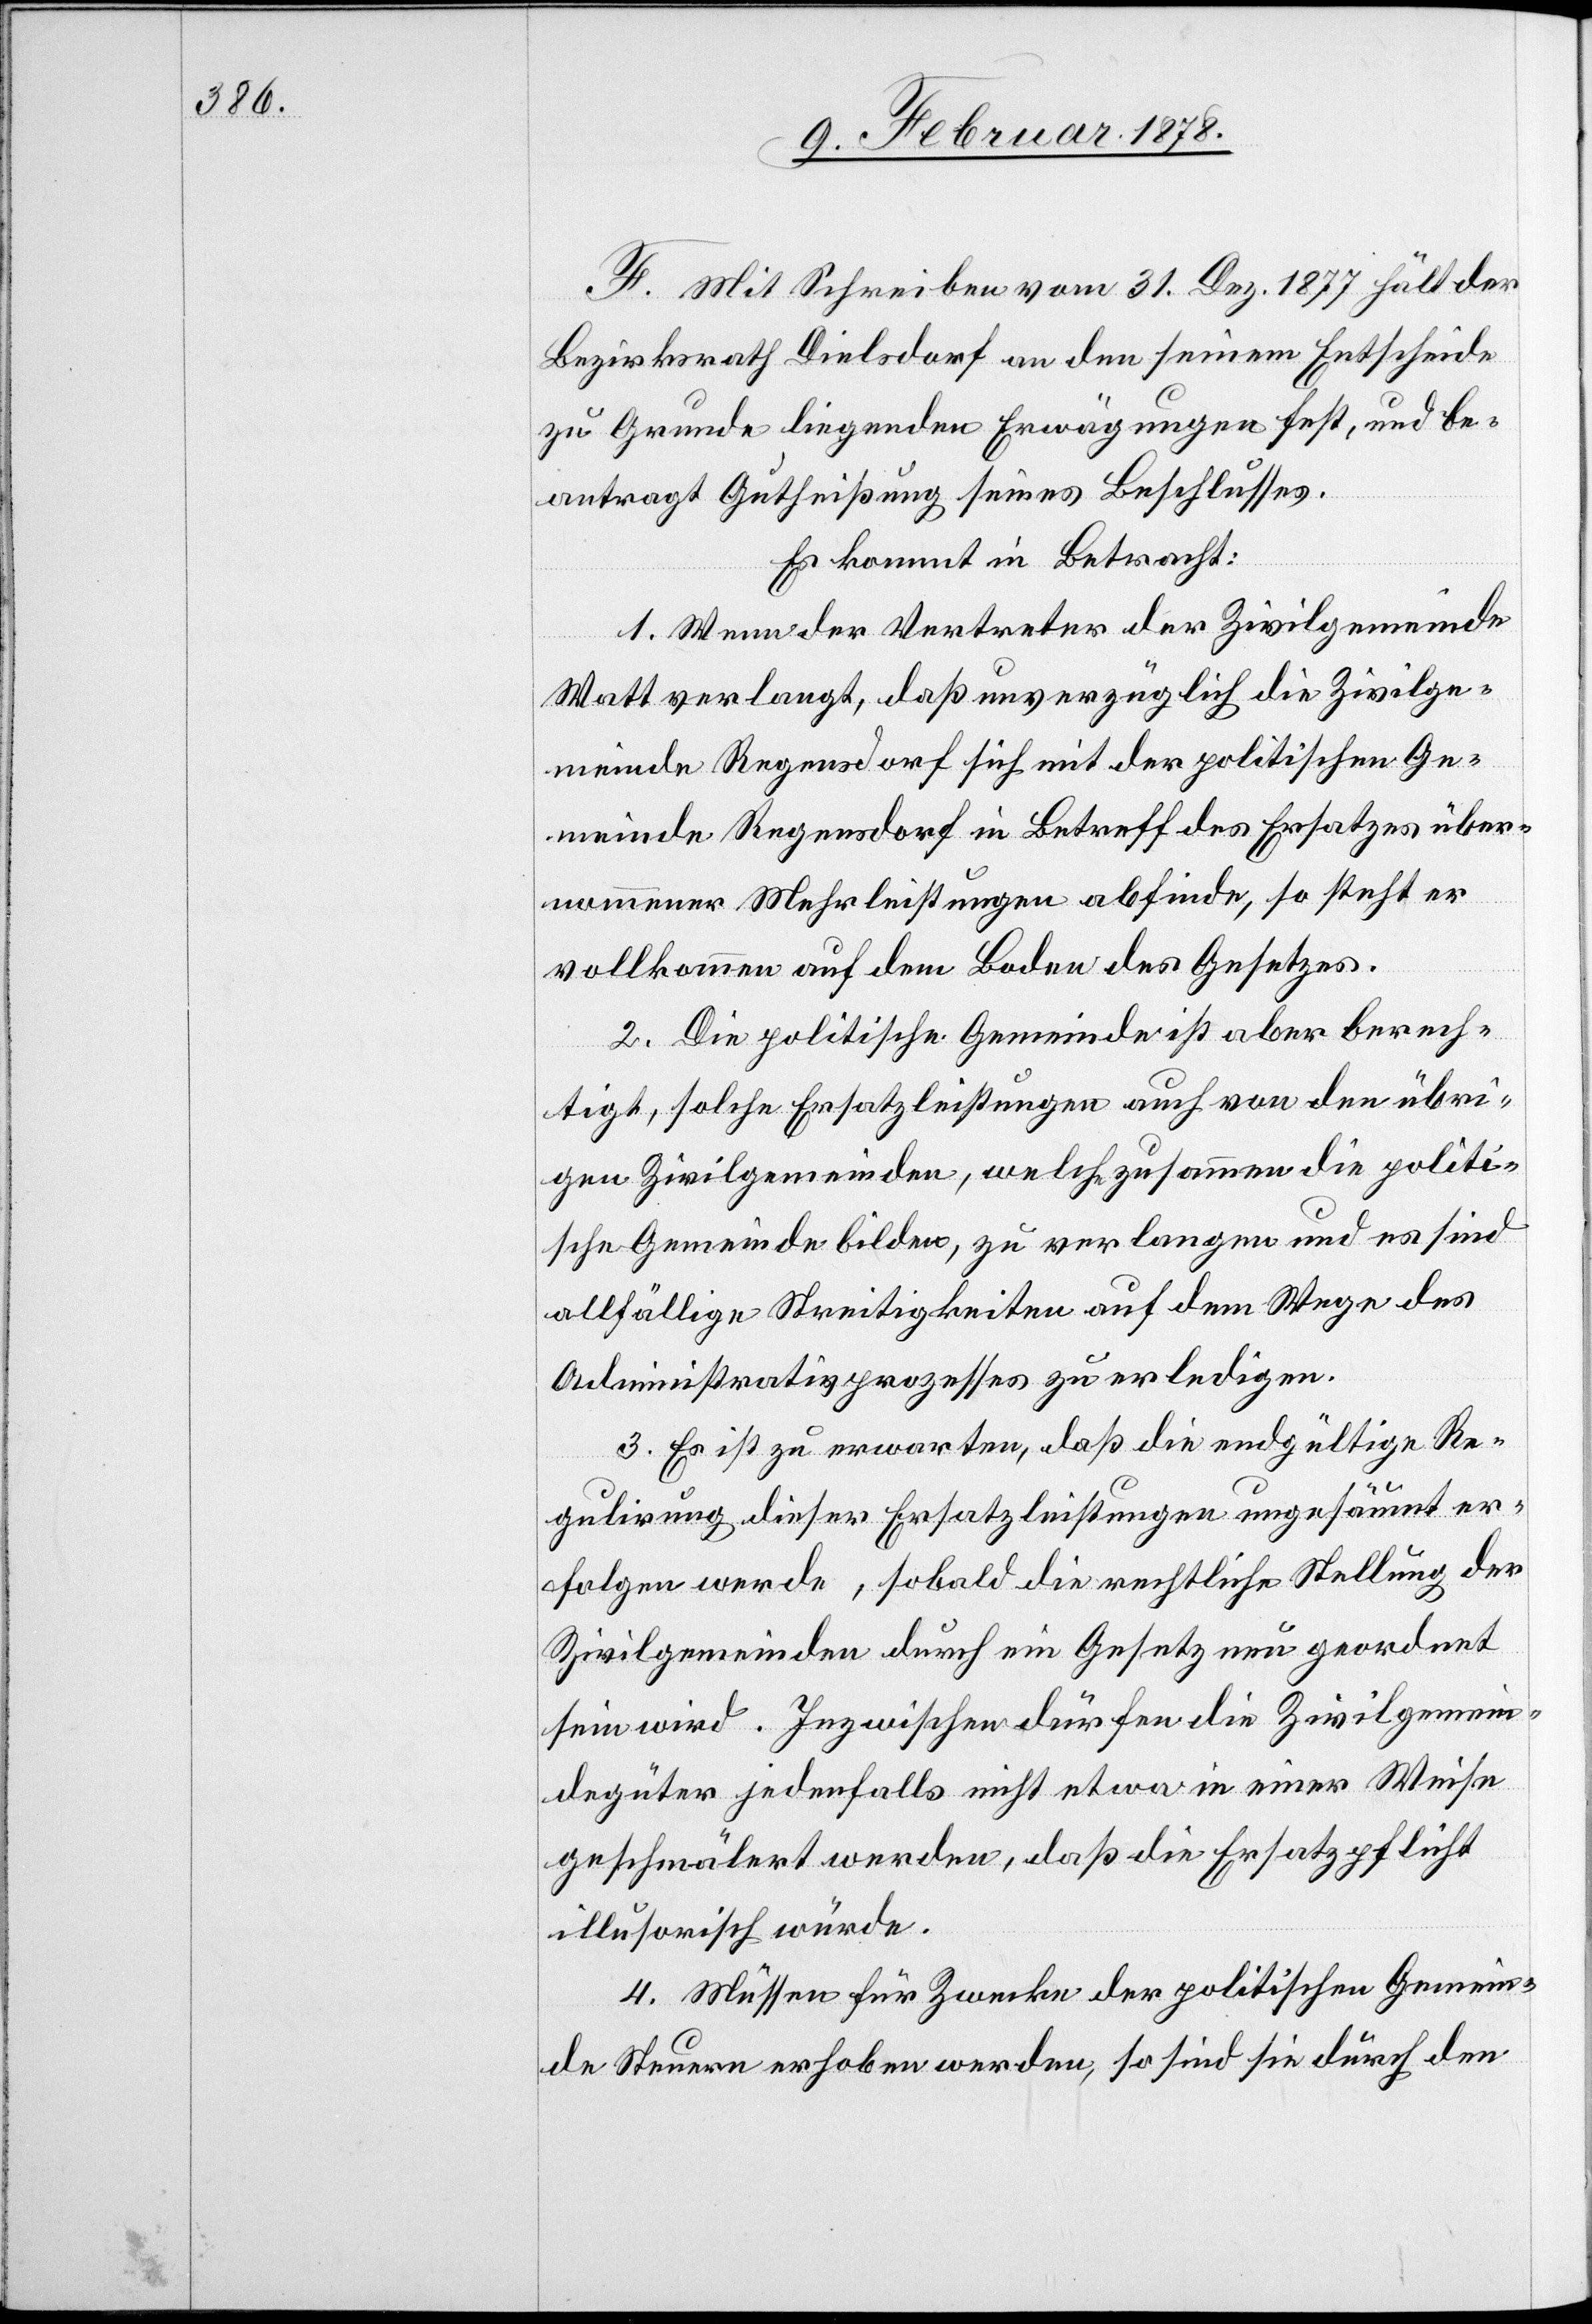
F. Mit Schreiben vom 31. Dez. 1877 hält der
Bezirksrath Dielsdorf an den seinem Entscheide
zu Grunde liegenden Erwägungen fest, und be¬
antragt Gutheißung seines Beschlusses.
Es kommt in Betracht:
1. Wenn der Vertreter der Zivilgemeinde
Watt verlangt, daß unverzüglich die Zivilge¬
meinde Regensdorf sich mit der politischen Ge¬
meinde Regensdorf in Betreff des Ersatzes über¬
nommener Mehrleistungen abfinde, so steht er
vollkommen auf dem Boden des Gesetzes.
2. Die politische Gemeinde ist aber berech¬
tigt, solche Ersatzleistungen auch von den übri¬
gen Zivilgemeinden, welche zusammen die polit¬
sche Gemeinde bilden, zu verlangen und es sind
allfällige Streitigkeiten auf dem Wege des
Administrativprozesses zu erledigen.
3. Es ist zu erwarten, daß die endgültige Re¬
gulirung dieser Ersatzleistung ungesäumt er¬
folgen werde, sobald die rechtliche Stellung der
Zivilgemeinden durch ein Gesetz neu geordnet
sein wird. Inzwischen dürfen die Zivilgemein¬
degüter jedenfalls nicht etwa in einer Weise
geschmälert werden, daß die Ersatzpflicht
illusorisch würde.
4. Müssen für Zwecke der politischen Gemein¬
de Steuern erhoben werden, so sind sie durch den